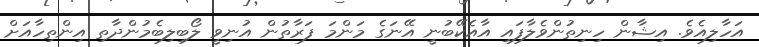
އަހާލިއެވެ. އިޝާން ހިނިތުންވެލާފައި އާއެކޭބުނީ އޭނަގެ މަންމަ ފަރާތުން އުނިވީ ލޯބިލިބެމުންދާތި އިންތިހާއަށް